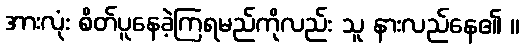
အားလုံး စိတ်ပူနေခဲ့ကြရမည်ကိုလည်း သူ နားလည်နေ၏ ။